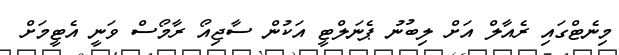
މިނެޓްގައި ރެއާލް އަށް ލިބުނު ޕެނަލްޓީ އަކުން ސާޖިއޯ ރާމޯސް ވަނީ އެޓީމަށް